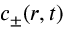
c _ { \pm } ( \boldsymbol { r } , t )